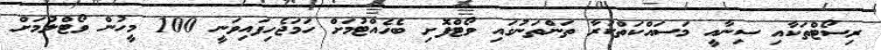
ރިސޯޓްތަކާއި ސިނާއީ މަސައްކަތްކުރާ ތަންތަނުގައި ވޯޓްފޮށި ބެހެއްޓުމަށް ހަމަޖެހިފައިވަނީ 100 މީހުން ވޯޓްލުމަށް